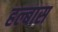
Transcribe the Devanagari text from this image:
हल्बास